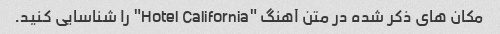
مکان های ذکر شده در متن آهنگ "Hotel California" را شناسایی کنید.